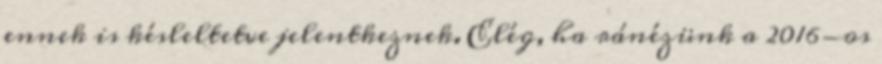
ennek is késleltetve jelentkeznek. Elég, ha ránézünk a 2016-os